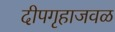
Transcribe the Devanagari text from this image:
दीपगृहाजवळ